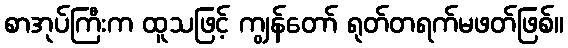
စာအုပ်ကြီးက ထူသဖြင့် ကျွန်တော် ရုတ်တရက်မဖတ်ဖြစ်။